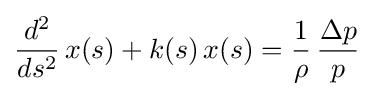
{\frac {d^{2}}{ds^{2}}}\,x(s)+k(s)\,x(s)={\frac {1}{\rho }}\,{\frac {\Delta p}{p}}